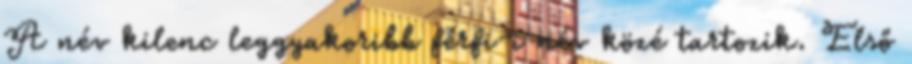
A név kilenc leggyakoribb férfi-i név közé tartozik. Első